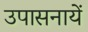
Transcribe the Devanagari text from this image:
उपासनायें